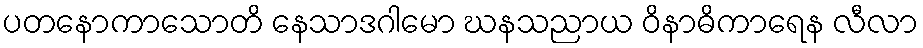
ပတနောကာသောတိ နေသာဒဂါမော ဃနသညာယ ဝိနာဓိကာရေန လီလာ